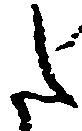
た